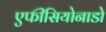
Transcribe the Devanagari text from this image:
एफीसियोनाडो